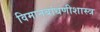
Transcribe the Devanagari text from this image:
विमानबांधणीशास्त्र